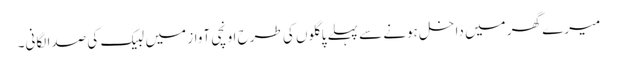
میرے گھر میں داخل ہونے سے پہلے پاگلوں کی طرح اونچی آواز میں لبیک کی صدا لگانی۔